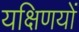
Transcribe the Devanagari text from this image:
यक्षिणयों